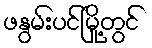
ဖနွမ်းပင်မြို့တွင်